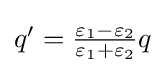
{\textstyle q'={\frac {\varepsilon _{1}-\varepsilon _{2}}{\varepsilon _{1}+\varepsilon _{2}}}q}